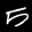
Label: 5